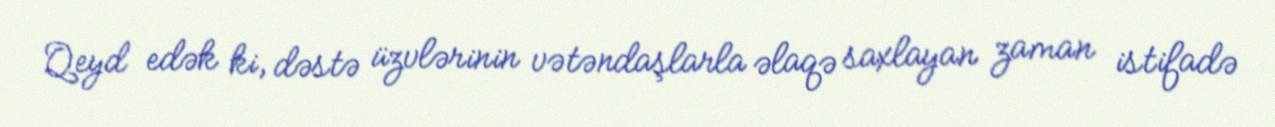
Qeyd edək ki, dəstə üzvlərinin vətəndaşlarla əlaqə saxlayan zaman istifadə